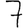
Digit: 7